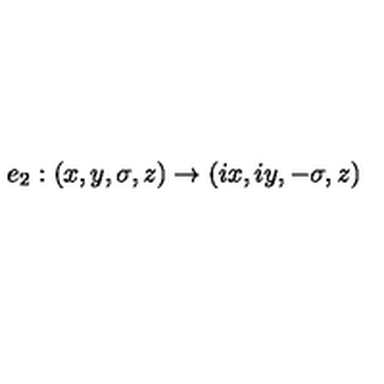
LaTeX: e _ { 2 } : ( x , y , \sigma , z ) \to ( i x , i y , - \sigma , z )